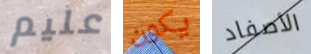
عليم يكون الأصفاد